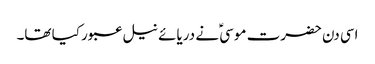
اسی دن حضرت موسیؑ نے دریائے نیل عبور کیا تھا۔